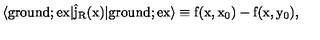
\langle \mathrm { g r o u n d } ; \mathrm { e x | \hat { j } _ { R } ( x ) | \mathrm { g r o u n d } ; \mathrm { e x \rangle \equiv f ( x , x _ { 0 } ) - f ( x , y _ { 0 } ) , } }